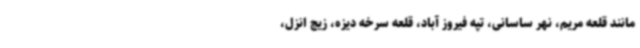
مانند قلعه مریم، نهر ساسانی، تپه فیروز آباد، قلعه سرخه دیزه، زیج انزل،